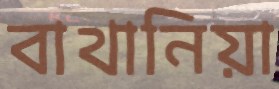
বাথানিয়া